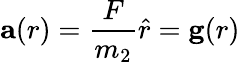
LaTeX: \mathbf{a}(r)={\frac{F}{m_{2}}}{\hat{r}}=\mathbf{g}(r)